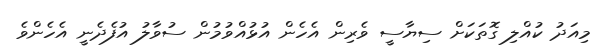
މިއަދު ކުއްލި ގޮތަކަށް ސިޔާސީ ވެރިން އެހެން އުޅުއްވުމުން ސުވާލު އުފެދެނީ އެހެންވެ